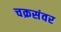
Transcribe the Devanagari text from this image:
चक्रसंवर